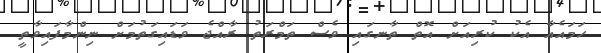
ހަމައެއާ އެކު ކުރިއަށް އޮތް ތާނގައި ވެސް ތަމްރަތު ރާއްޖެ ވަޑައިގަތުމަށް ނިންމާފައިވާތީ